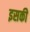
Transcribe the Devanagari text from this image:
इसकीे